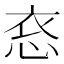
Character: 𪫳